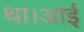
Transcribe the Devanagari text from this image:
था।आई